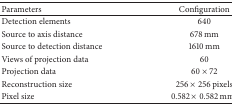
<table><thead><tr><td><b>Parameters</b></td><td><b>Configuration</b></td></tr></thead><tbody><tr><td>Detection elements</td><td>640</td></tr><tr><td>Source to axis distance</td><td>678 mm</td></tr><tr><td>Source to detection distance</td><td>1610 mm</td></tr><tr><td>Views of projection data</td><td>60</td></tr><tr><td>Projection data</td><td>60 × 72</td></tr><tr><td>Reconstruction size</td><td>256 × 256 pixels</td></tr><tr><td>Pixel size</td><td>0.582 × 0.582 mm<sup>2</sup></td></tr></tbody></table>